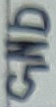
Text: GND